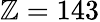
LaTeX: \mathbb{Z}=143